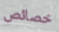
خصائص